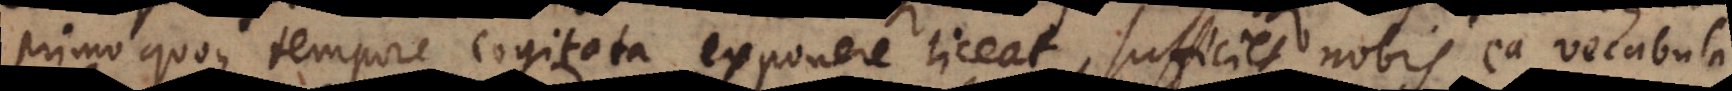
primo quoque tempore cogitata exponere liceat, sufficiet nobis ea vocabula